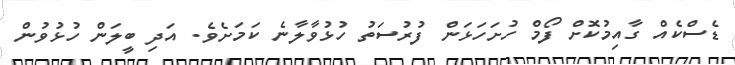
ޑެސްކެއް ގާއިމުކޮށް ފޯމް ހުށަހަޅަން ފުރުސަތު ހުޅުވާލާނެ ކަމަށެވެ. އަދި ބީލަން ހުޅުވުން